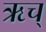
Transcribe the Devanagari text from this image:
ऋच्‌